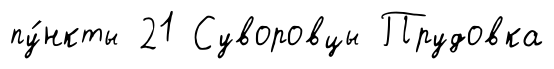
пу́нкты 21 Суворовцы Прудовка